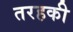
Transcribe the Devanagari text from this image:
तरहकी